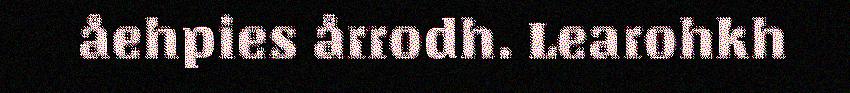
åehpies årrodh. Learohkh